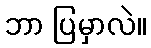
ဘာ ပြမှာလဲ။